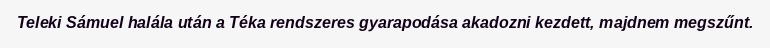
Teleki Sámuel halála után a Téka rendszeres gyarapodása akadozni kezdett, majdnem megszűnt.